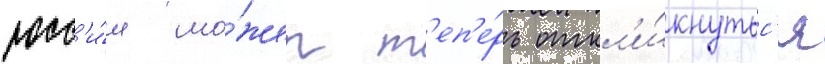
росс'и́я мо́жет т'еп'е́рь откл'и́кнутьс'я